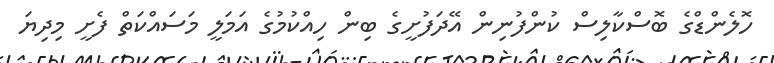
ހޮލެންޑްގެ ބޮސްކާލިސް ކުންފުނިން އޭދަފުށީގެ ބިން ހިއްކުމުގެ އަމަލީ މަސައްކަތް ފެށީ މިދިޔަ